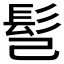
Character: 𩫻